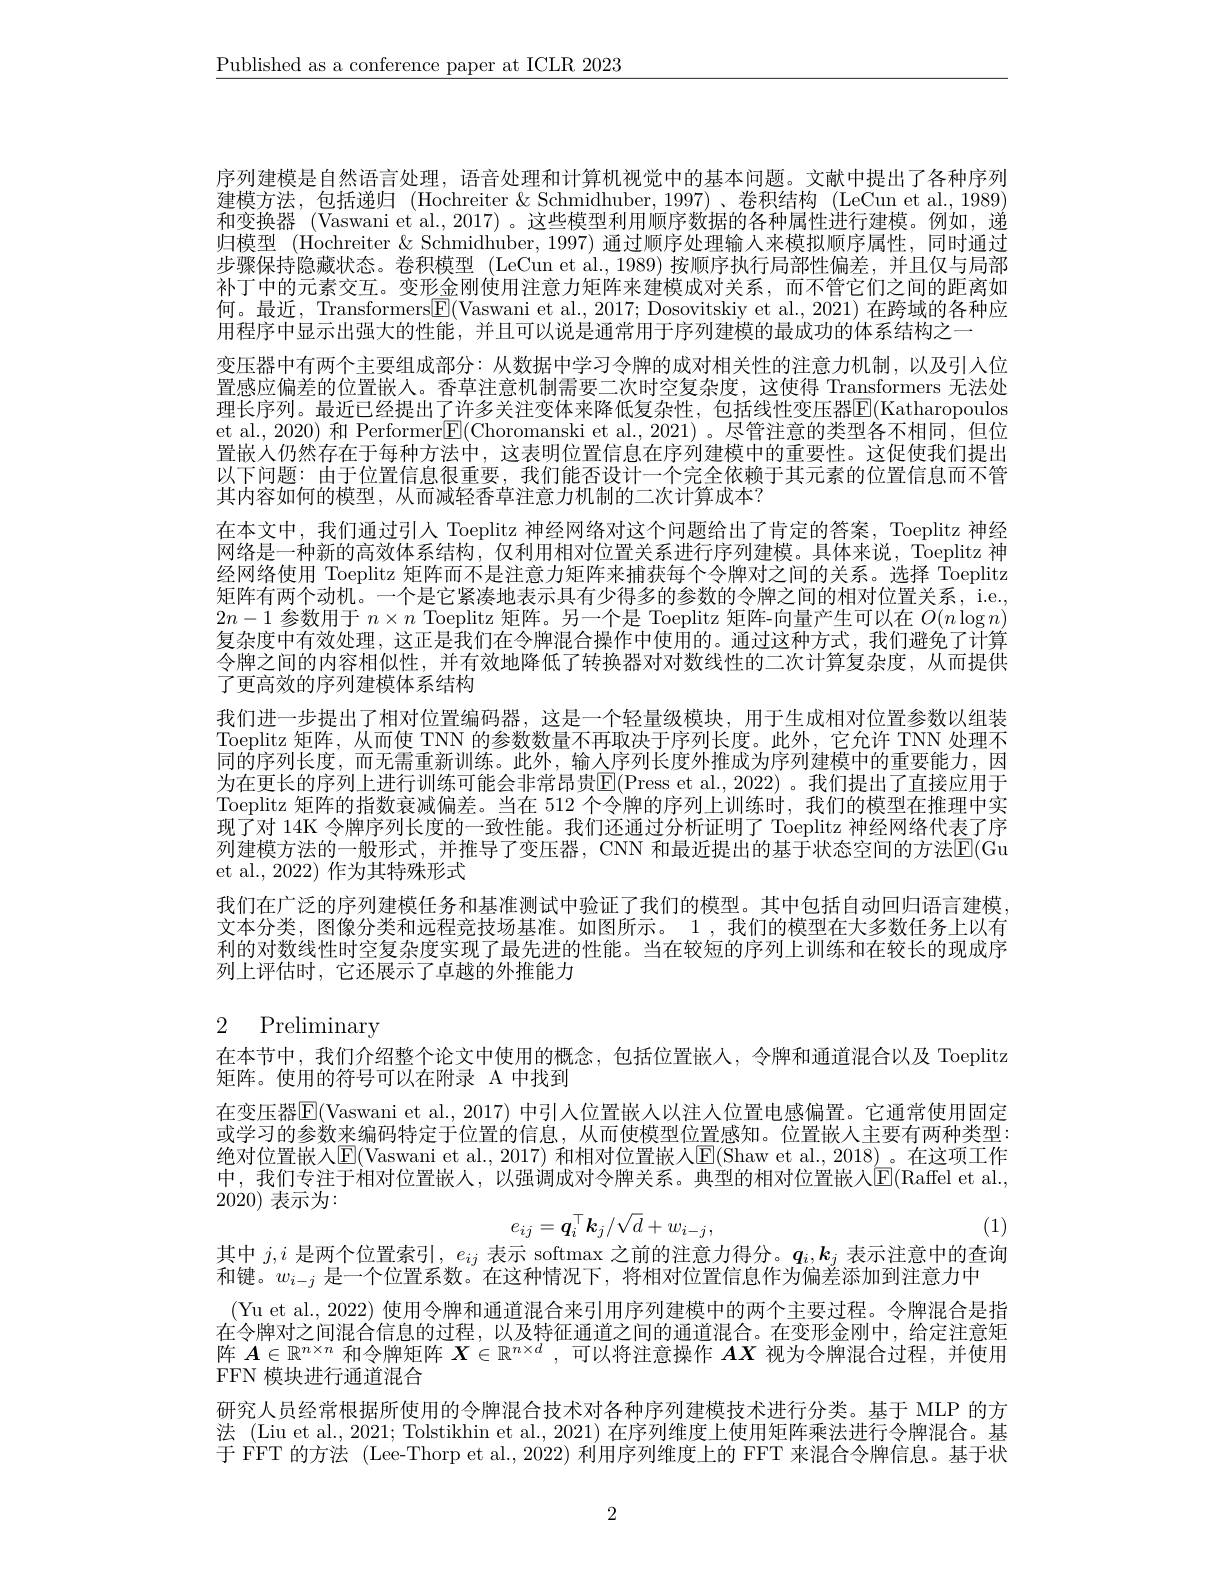
$\underline{\text{Published as a conference paper at ICLR 2023}}$

序列建模是自然语言处理，语音处理和计算机视觉中的基本问题。文献中提出了各种序列建模方法，包括递归 (Hochreiter &Schmidhuber,1997)、卷积结构 (LeCun et al.,1989) 和变换器 (Vaswani et al.,2017) 。这些模型利用顺序数据的各种属性进行建模。例如，递归模型 (Hochreiter & Schmidhuber, 1997) 通过顺序处理输入来模拟顺序属性，同时通过步骤保持隐藏状态。卷积模型 (LeCun et al., 1989) 按顺序执行局部性偏差，并且仅与局部补丁中的元素交互。变形金刚使用注意力矩阵来建模成对关系，而不管它们之间的距离如何。最近，Transformers$\boxed{\mathrm{F}}($Vaswani et al., 2017; Dosovitskiy et al., 2021) 在跨域的各种应用程序中显示出强大的性能，并且可以说是通常用于序列建模的最成功的体系结构之一
变压器中有两个主要组成部分：从数据中学习令牌的成对相关性的注意力机制，以及引人位置感应偏差的位置嵌人。香草注意机制需要二次时空复杂度，这使得 Transformers 无法处理长序列。最近已经提出了许多关注变体来降低复杂性，包括线性变压器$\overline{\mathrm{E}}($Katharopoulos et al., 2020) 和 Performer$\boxed{\mathrm{E}}($Choromanski et al.,2021)。尽管注意的类型各不相同，但位置嵌入仍然存在于每种方法中，这表明位置信息在序列建模中的重要性。这促使我们提出以下问题：由于位置信息很重要，我们能否设计一个完全依赖于其元素的位置信息而不管其内容如何的模型，从而减轻香草注意力机制的二次计算成本？
在本文中，我们通过引人 Toeplitz 神经网络对这个问题给出了肯定的答案，Toeplitz 神经网络是一种新的高效体系结构，仅利用相对位置关系进行序列建模。具体来说，Toeplitz 神经网络使用 Toeplitz 矩阵而不是注意力矩阵来捕获每个令牌对之间的关系。选择 Toeplitz 矩阵有两个动机。一个是它紧凑地表示具有少得多的参数的令牌之间的相对位置关系，i.e. $2n-1$参数用于$n\times n$ Toeplitz 矩阵。另一个是 Toeplitz 矩阵-向量产生可以在$O(n\log n)$ 复杂度中有效处理，这正是我们在令牌混合操作中使用的。通过这种方式，我们避免了计算令牌之间的内容相似性，并有效地降低了转换器对对数线性的二次计算复杂度，从而提供了更高效的序列建模体系结构
我们进一步提出了相对位置编码器，这是一个轻量级模块，用于生成相对位置参数以组装Toeplitz 矩阵，从而使 TNN 的参数数量不再取决于序列长度。此外，它允许 TNN 处理不同的序列长度，而无需重新训练。此外，输入序列长度外推成为序列建模中的重要能力，因为在更长的序列上进行训练可能会非常昂贵$\overline{\mathbb{E}}($Press et al.,2022)。我们提出了直接应用于Toeplitz 矩阵的指数衰减偏差。当在 512 个令牌的序列上训练时，我们的模型在推理中实现了对 14K 令牌序列长度的一致性能。我们还通过分析证明了 Toeplitz 神经网络代表了序列建模方法的一般形式，并推导了变压器，CNN 和最近提出的基于状态空间的方法$\overline{\mathrm{E}}($Gu et al., 2022) 作为其特殊形式
我们在广泛的序列建模任务和基准测试中验证了我们的模型。其中包括自动回归语言建模文本分类，图像分类和远程竞技场基准。如图所示。1,我们的模型在大多数任务上以有利的对数线性时空复杂度实现了最先进的性能。当在较短的序列上训练和在较长的现成序列上评估时，它还展示了卓越的外推能力

# 2 Preliminary

在本节中，我们介绍整个论文中使用的概念，包括位置嵌人，令牌和通道混合以及 Toeplitz

矩阵。使用的符号可以在附录 A 中找到
在变压器$\overline{\mathbb{E}}($Vaswani et al.,2017) 中引人位置嵌人以注人位置电感偏置。它通常使用固定或学习的参数来编码特定于位置的信息，从而使模型位置感知。位置嵌人主要有两种类型： 绝对位置嵌人$\mathbb{E}($Vaswani et al., 2017) 和相对位置嵌人$\mathbb{E}($Shaw et al., 2018)。在这项工作中，我们专注于相对位置嵌人，以强调成对令牌关系。典型的相对位置嵌人$\boxed{\mathrm{E}}($Raffel et al., 2020)表示为：
$$e_{ij}=\boldsymbol{q}_i^\top\boldsymbol{k}_j/\sqrt{d}+w_{i-j},$$
其中$j,i$是两个位置索引，$e_{ij}$表示 softmax 之前的注意力得分。$q_i,k_j$表示注意中的查询

(1)

和键。$w_{i-j}$是一个位置系数。在这种情况下，将相对位置信息作为偏差添加到注意力中
(Yu et al., 2022) 使用令牌和通道混合来引用序列建模中的两个主要过程。令牌混合是指在令牌对之间混合信息的过程，以及特征通道之间的通道混合。在变形金刚中，给定注意矩阵$A\in\mathbb{R}^{n\times n}$和令牌矩阵$\boldsymbol{X}\in \mathbb{R} ^{n\times d}$ , 可以将注意操作$A\boldsymbol{X}$视为令牌混合过程，并使用FFN 模块进行通道混合

研究人员经常根据所使用的令牌混合技术对各种序列建模技术进行分类。基于 MLP 的方法 (Liu et al., 2021; Tolstikhin et al., 2021) 在序列维度上使用矩阵乘法进行令牌混合。基于 FFT 的方法 (Lee-Thorp et al., 2022) 利用序列维度上的 FFT 来混合令牌信息。基于状

2